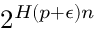
2 ^ { H ( p + \epsilon ) n }